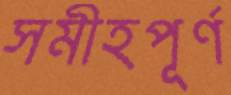
সমীহপূর্ণ